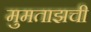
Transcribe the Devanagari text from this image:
मुमताझची